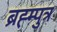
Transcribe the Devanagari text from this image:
ब्रह्म्पुत्र